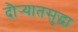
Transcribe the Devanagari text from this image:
दौर्‍यातसुद्धा